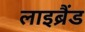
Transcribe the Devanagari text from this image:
लाइब्रैंड